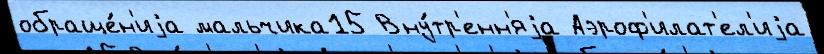
обраще́н'иjа мальчика15 Вну́тр'енн'яjа Аэроф'илат'ел'иjа